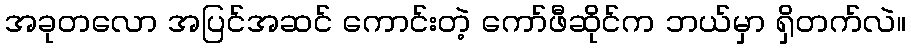
အခုတလော အပြင်အဆင် ကောင်းတဲ့ ကော်ဖီဆိုင်က ဘယ်မှာ ရှိတက်လဲ။